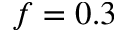
f = 0 . 3